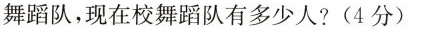
舞蹈队，现在校舞蹈队有多少人？(4分)